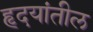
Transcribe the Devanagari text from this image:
हृदयांतील